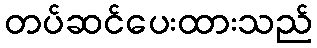
တပ်ဆင်ပေးထားသည်